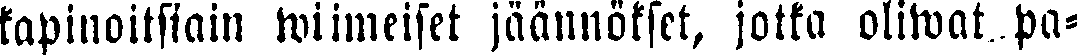
kapinoitsiain wiimeiset jäännökset, jotka oliwat pa-